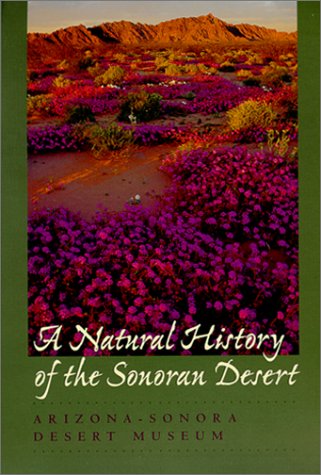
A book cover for A Natural History of the Sonoran Desert (Arizona-Sonora Desert Museum); Science & Math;